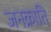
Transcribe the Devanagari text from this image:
जनक्राति